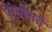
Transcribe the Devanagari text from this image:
पेंग्वीनने